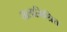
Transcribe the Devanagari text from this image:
मालामिश्रित